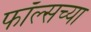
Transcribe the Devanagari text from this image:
फॉल्सच्या